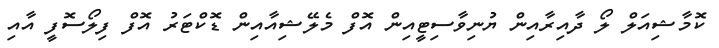
ކޮމާޝިއަލް ލޯ ދާއިރާއިން ޔުނިވާސިޓީއިން އޮފް މެލޭޝިއާއިން ޑޮކްޓަރު އޮފް ފިލޯސޮފީ އާއި